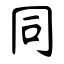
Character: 同